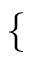
\left\{ \begin{array} { l l } \end{array} \right.